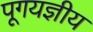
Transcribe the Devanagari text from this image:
पूगयज्ञीय